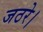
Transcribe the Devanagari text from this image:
जठरे।